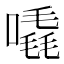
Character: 𠽶